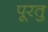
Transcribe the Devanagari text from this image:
पूरतु